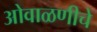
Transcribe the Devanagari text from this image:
ओवाळणीचे